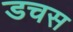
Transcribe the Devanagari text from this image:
डचस